Report on enteric fever
Disease focus: Fever
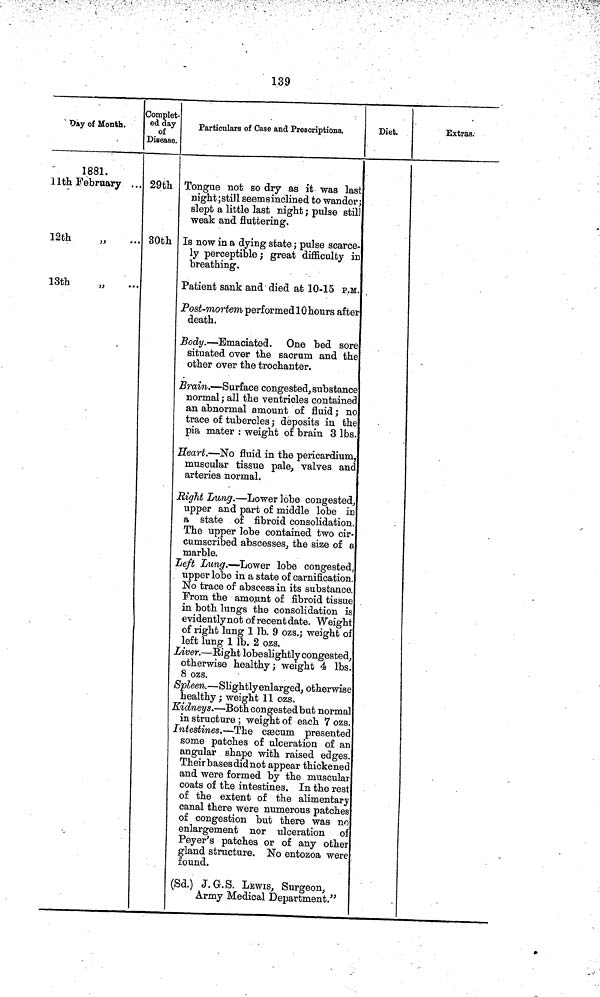
139
(
Day of Month.
1881.
11th February ...
12th
13th
Complet-
ed day
of
Disease.
29th
30th
Particulars of Case and Prescriptions.
Tongue not so dry as it was last
night ;still seemsinclined to wander;
slept a little last night ; pulse still
weak and fluttering.
Is now in a dying state ; pulse scarce-
ly perceptible ; great difficulty in
breathing.
Patient sank and died at 10-15 P.M.
Post-mortem performed 10 hours after
death.
Body. — Emaciated. One bed sore
situated over the sacrum and the
other over the trochanter.
Brain. — Surface congested, substance
normal ; all the ventricles contained
an abnormal amount of fluid ; no
trace of tubercles ; deposits in the
pia mater : weight of brain 3 lbs.
Heart. — No fluid in the pericardium,
muscular tissue pale, valves and
arteries normal.
Right Lung. — Lower lobe congested.
upper and part of middle lobe in
a state of fibroid consolidation.
The upper lobe contained two cir-
cumscribed abscesses, the size of a
marble.
Left Lung. — Lower lobe congested,
upper lobe in a state of carnification.
No trace of abscess in its substance
From the amount of fibroid tissue
in both lungs the consolidation is
evidently not of recent date. Weight
of right lung 1 lb. 9 ozs.; weight of
left lung 1 lb. 2 ozs.
Liver. — Right lobe slightly congested,
otherwise healthy ; weight 4 lbs
8 ozs.
Spleen. — Slightlyenlarged, otherwise
healthy ; weight 11 ozs.
Kidneys. — Both congested but norma
in structure ; weight of each 7 ozs
Intestines. — The cæcum presentee
some patches of ulceration of an
angular shape with raised edges
Their bases did not appear thickened
and were formed by the muscular
coats of the intestines. In the res
of the extent of the alimentary
canal there were numerous patches
of congestion but there was no
enlargement nor ulceration of
Peyer's patches or of any other
gland structure. No entozoa were
found.
(Sd.) J. G.S. LEWIS, Surgeon,
Army Medical Department."
Diet.
Extras.